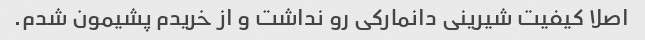
اصلا کیفیت شیرینی دانمارکی رو نداشت و از خریدم پشیمون شدم.